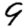
Digit: 9